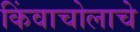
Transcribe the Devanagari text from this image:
किंवाचोलाचे